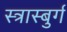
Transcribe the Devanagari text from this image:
स्त्रास्बुर्ग